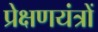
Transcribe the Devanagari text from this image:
प्रेक्षणयंत्रों